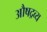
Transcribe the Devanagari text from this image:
औषद्रव्य